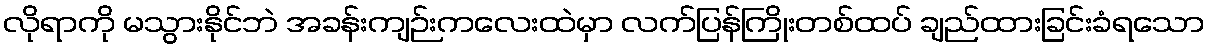
လိုရာကို မသွားနိုင်ဘဲ အခန်းကျဉ်းကလေးထဲမှာ လက်ပြန်ကြိုးတစ်ထပ် ချည်ထားခြင်းခံရသော